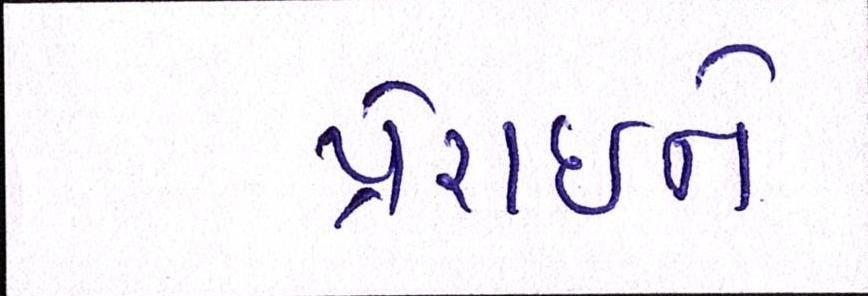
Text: પ્રેરાઇને